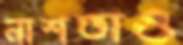
নাশতাও